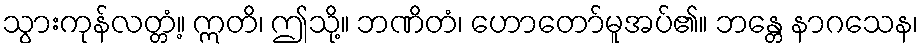
သွားကုန်လတ္တံ့။ ဣတိ၊ ဤသို့။ ဘဏိတံ၊ ဟောတော်မူအပ်၏။ ဘန္တေ နာဂသေန၊